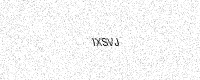
Text: IXSVJ